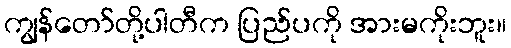
ကျွန်တော်တို့ပါတီက ပြည်ပကို အားမကိုးဘူး။